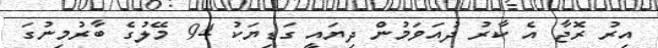
އިރު ރޮޖާ އެ ކާރު ދުއަވަމުން ދިޔައީ ގަޑިޔަކު 94 މޭލުގެ ބާރުމިނުގަ